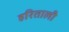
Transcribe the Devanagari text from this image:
हरिताली